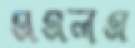
এএলএ